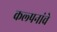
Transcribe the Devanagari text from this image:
कल्‍पनांचे